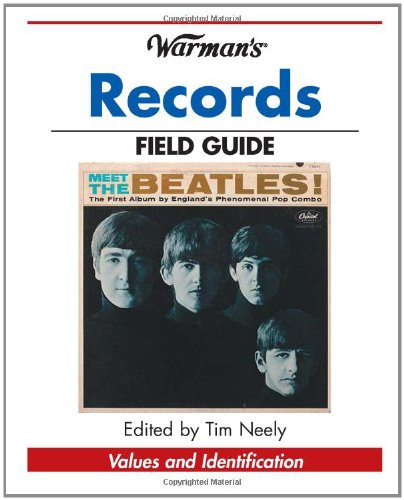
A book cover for Warman's Records Field Guide: Values and Identification (Warman's Field Guide); Tim Neely; Crafts, Hobbies & Home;